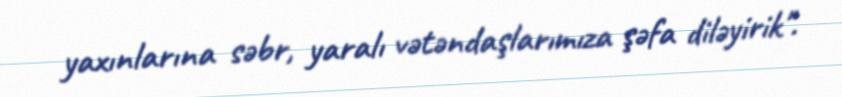
yaxınlarına səbr, yaralı vətəndaşlarımıza şəfa diləyirik".